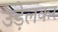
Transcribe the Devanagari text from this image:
उड़ेलकर